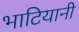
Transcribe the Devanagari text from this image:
भाटियानी